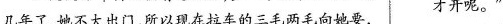
几年了，她不大出门，所以现在拉车的三毛两毛向她要，才开呢。”